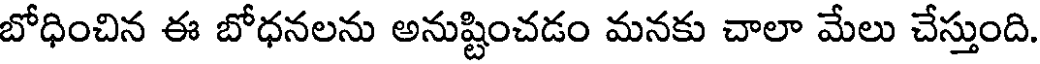
బోధించిన ఈ బోధనలను అనుష్టించడం మనకు చాలా మేలు చేస్తుంది